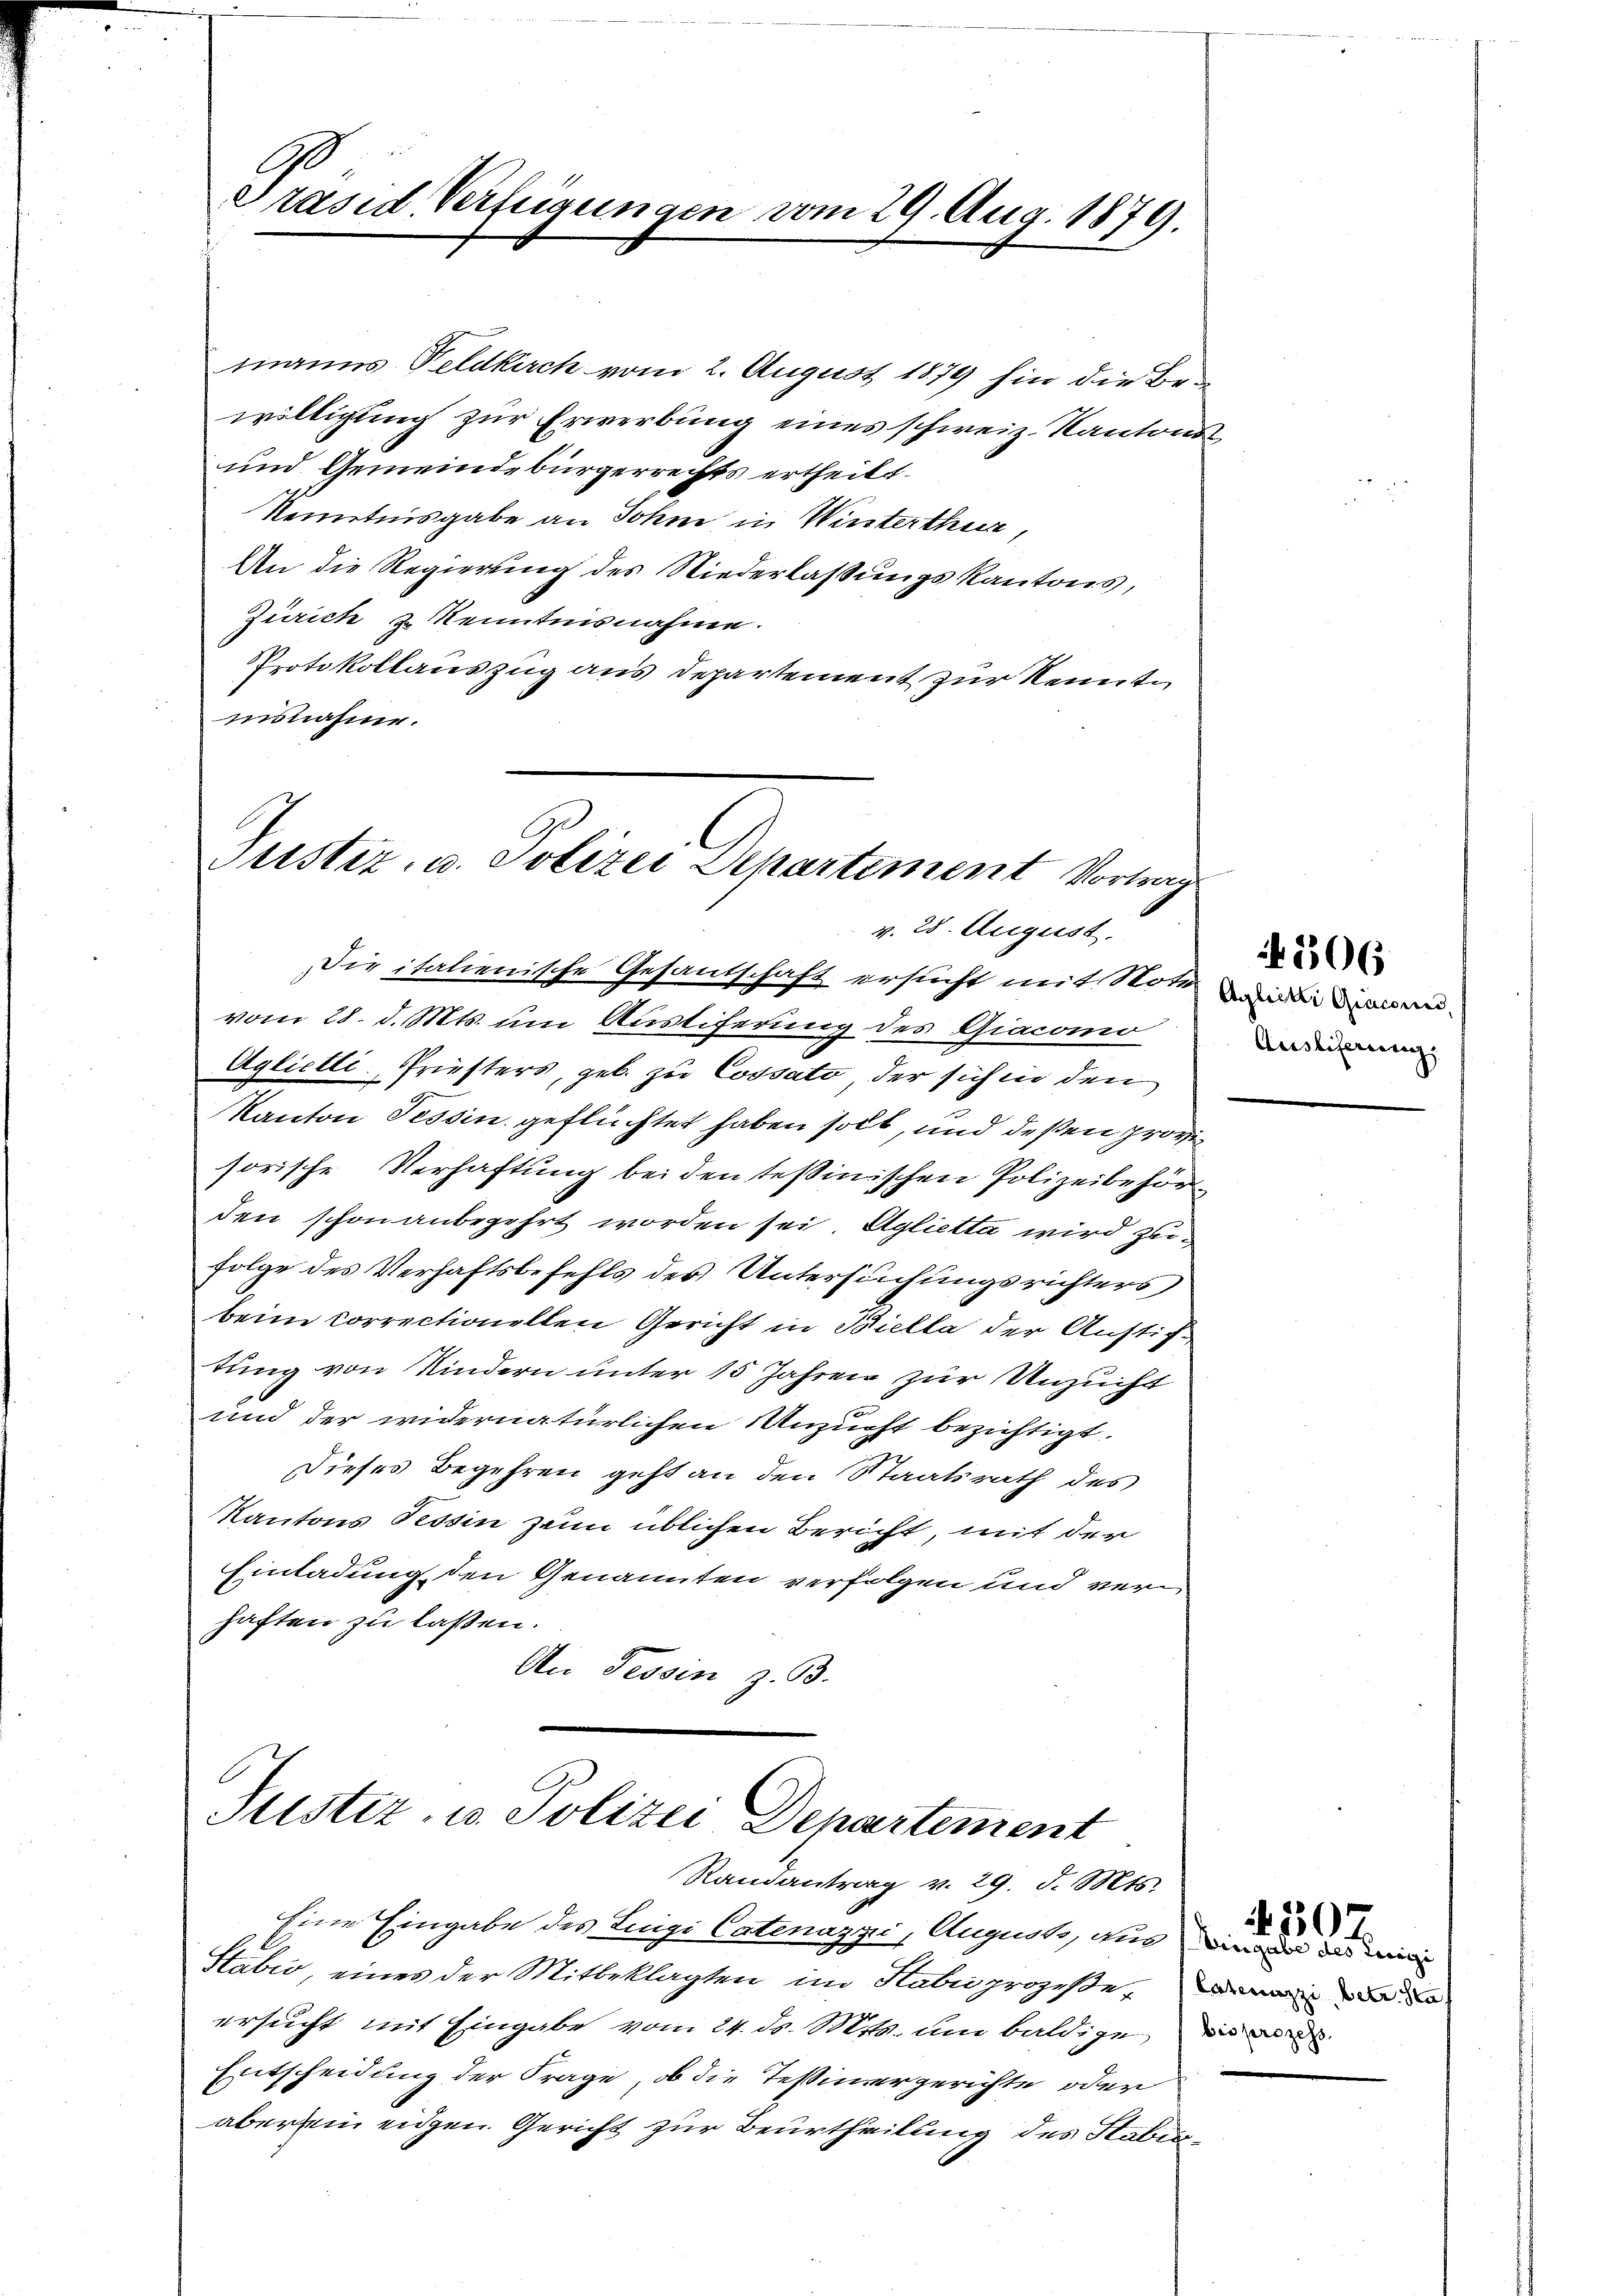
G
Präsid. Verfügungen vom 29. Aug. 1879.

manns Feldkirch vom 2. August 1879 hin die Be-
willigung zur Erwerbung eines schweiz. Kantons
und Gemeindebürgerrechts ertheilt.
Kenntnisgabe an Sohne in Winterthur,
An die Regierung des Niederlaßungskantons,
Zürich & Kenntnisnahme.
Protokollauszug aus Departement zur Kenntnisnahme.

Justiz, u. Polizei Departement Vortrag
v. 28. August.

Justiz- u. Polizei Departement
Randantrag v. 29. d. Mts.

Die italienische Gesandschaft ersucht mit Note
vom 28. d. Mts. um Austiferung des Giacomo
Aglietli, Friesters, geb. zu Cossati, der sich in den
Kanton Tessin geflüchtet haben soll, und deßen provi
sorische Verhaftung bei den Teßinischen Polizeibehörden schon anbegehrt worden sei Aglietta wird zufolge des Verhaftsbefehls des Untersuchungsrichters,
beim Correctionellen Gericht in Biella der Anstifdung von Kindern unter 15 Jahren zur Unzucht
und der widernatürlichen Unzucht bezichtigt.
Dieses Begehren geht an den Staatsrath des
Kantons Tessin zann üblichen Bericht, mit der
Einladung den Genannten verfolgen und verhaften zu laßen.
An Tessin z. B.

Eine Eingabe des Luigi Catenuzzi, Augusts, an die das ein
Stabio, einer der Mitbeklagten im Stabesprozeße, was
ersucht mit Eingabe vom 24. ds. Mts. an baldige in
Entscheidung der Frage, ob die Teßinergerichte oder
aber sein eidgen. Gericht zur Beurtheilung des Stabi¬

Agbretti Giacone
Auslieferung.

506

4507